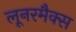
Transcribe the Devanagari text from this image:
लूनरमैक्स